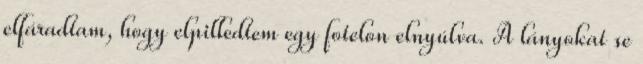
elfáradtam, hogy elpilledtem egy fotelon elnyúlva. A lányokat se